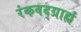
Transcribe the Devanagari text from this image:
रंकवद्ग्राह्यं